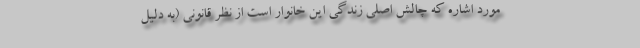
مورد اشاره که چالش اصلی زندگی این خانوار است از نظر قانونی (به دلیل